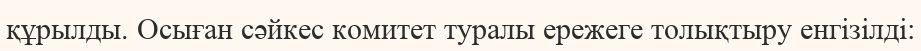
құрылды. Осыған сәйкес комитет туралы ережеге толықтыру енгізілді: